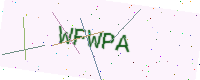
Text: WFWPA